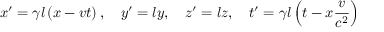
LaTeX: x ^ { \prime } = \gamma l \left( x - v t \right) , \quad y ^ { \prime } = l y , \quad z ^ { \prime } = l z , \quad t ^ { \prime } = \gamma l \left( t - x { \frac { v } { c ^ { 2 } } } \right)